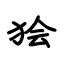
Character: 狯